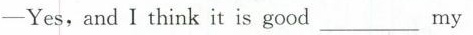
-Yes,and I think it is good____my